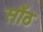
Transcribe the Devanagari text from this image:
सोँठ